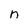
Character: n